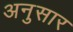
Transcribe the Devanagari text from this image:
अनुसार